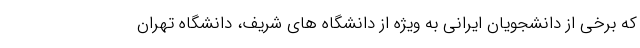
که برخی از دانشجویان ایرانی به ویژه از دانشگاه های شریف، دانشگاه تهران